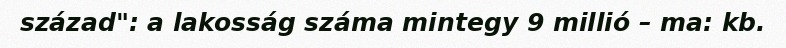
század": a lakosság száma mintegy 9 millió – ma: kb.